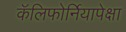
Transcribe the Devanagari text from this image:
कॅलिफोर्नियापेक्षा